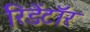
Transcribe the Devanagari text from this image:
रिडेंटॉर